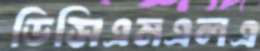
ডিসিএমএলএ